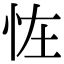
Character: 𢘪